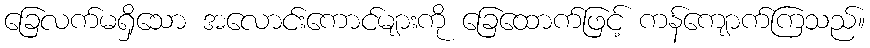
ခြေလက်မရှိသော အလောင်းကောင်များကို ခြေထောက်ဖြင့် ကန်ကျောက်ကြသည်။